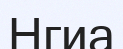
Нгиа